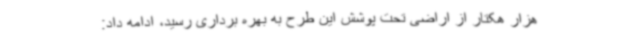
هزار هکتار از اراضی تحت پوشش این طرح به بهره برداری رسید، ادامه داد: